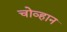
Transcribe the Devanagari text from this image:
चोव्हान